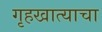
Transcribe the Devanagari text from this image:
गृहखात्याचा